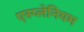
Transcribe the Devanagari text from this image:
एस्प्लेनियम